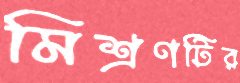
মিশ্রণটির